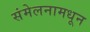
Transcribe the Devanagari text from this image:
संमेलनामधून